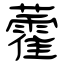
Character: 藿